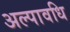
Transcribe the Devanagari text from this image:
अल्‍पावधि